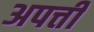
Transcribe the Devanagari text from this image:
अपत्ती